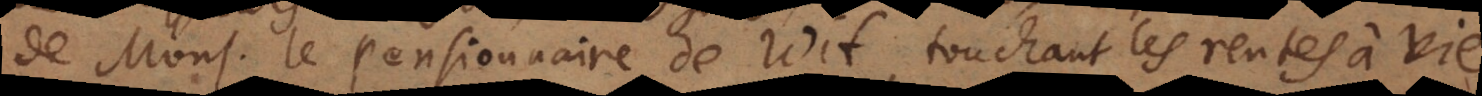
de Mons. le Pensionnaire de Wit, touchant les rentes à vie.